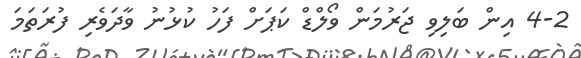
4-2 އިން ބަލިވި ޖަރުމަން ވޯލްޑް ކަޕަށް ފަހު ކުޅުނު ވާދަވެރި ފުރަތަމަ